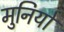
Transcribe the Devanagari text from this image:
मुनियो